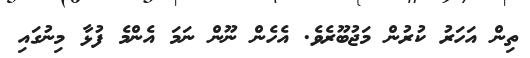
ތިން އަހަރު ކުރުން މަޖުބޫރެވެ. އެހެން ނޫން ނަމަ އެންމެ ފުޅާ މިނުގައި